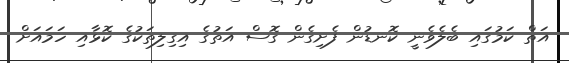
އަތް ކަމުގައި ބެލެވެނީ ކޮނޑުން ފެށިގެން ގޮސް އަތުގެ އިގިލިތަކުގެ ކޮޅާއި ހަމައަށް